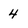
Character: 4